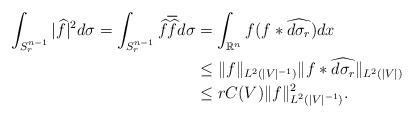
LaTeX: \begin{align*}\int_{S_r^{n-1}}|\widehat{f}|^2d\sigma=\int_{S_r^{n-1}}\widehat{f}\overline{\widehat{f}}d\sigma&=\int_{\mathbb{R}^n}f(f\ast\widehat{d\sigma_r})dx\\&\leq\|f\|_{L^2(|V|^{-1})}\|f\ast\widehat{d\sigma_r}\|_{L^2(|V|)}\\&\leq rC(V)\|f\|_{L^2(|V|^{-1})}^2.\end{align*}